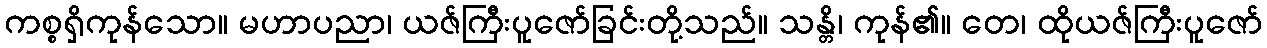
ကစ္စရှိကုန်သော။ မဟာပညာ၊ ယဇ်ကြီးပူဇော်ခြင်းတို့သည်။ သန္တိ၊ ကုန်၏။ တေ၊ ထိုယဇ်ကြီးပူဇော်